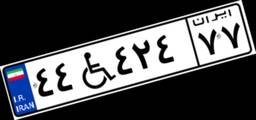
۴۴W۴۲۴۷۷